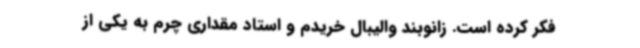
فکر کرده است. زانوبند والیبال خریدم و استاد مقداری چرم به یکی از